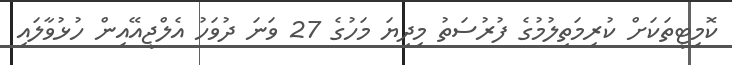
ކޮމިޓީތަކަށް ކުރިމަތިލުމުގެ ފުރުސަތު މިދިޔަ މަހުގެ 27 ވަނަ ދުވަހު އެލްޖީއޭއިން ހުޅުވާލައި